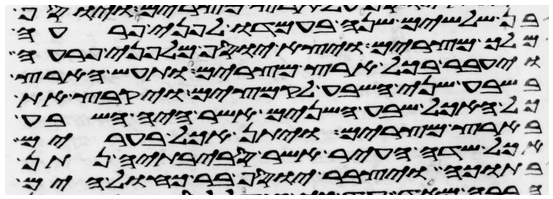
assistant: בן שלשים שנה בעמדו לפני פרעה
מלך מצרים ויצא יוסף מלפני פרעה
ויעבר בכל ארץ מצרים ותעש הארץ
בשבע שני השבע לקמצים ויקבץ את
כל האכל שבע השנים אשר היה השבע
בארץ מצרים ויתן אכל בערים
אכל שדה העיר אשר סביבתיה נתן
בתוכה ויצבר יוסף בר כחול הים